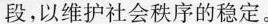
段，以维护社会秩序的稳定。